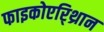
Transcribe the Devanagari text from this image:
फाइकोएरि्थ्रान